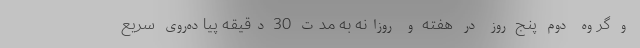
و گروه دوم پنج روز در هفته و روزانه به مدت 30 دقیقه پیاده‌روی سریع